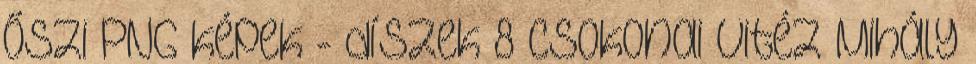
őszi PNG képek - díszek 8 Csokonai Vitéz Mihály